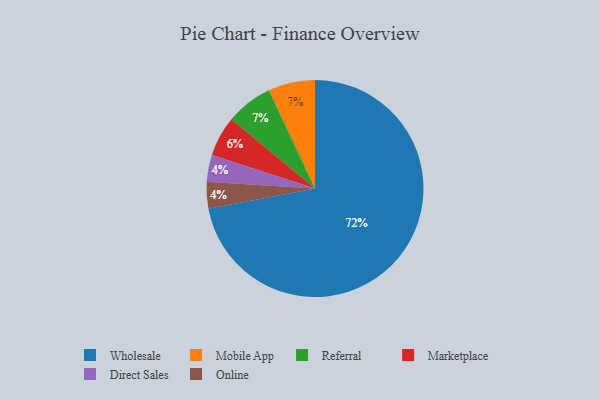
{"axis": {"x": "Category", "y": "Percentage"}, "legend": ["Direct Sales", "Marketplace", "Mobile App", "Online", "Referral", "Wholesale"], "data": [{"x": "Marketplace", "y": 6, "type": "Marketplace"}, {"x": "Direct Sales", "y": 4, "type": "Direct Sales"}, {"x": "Online", "y": 4, "type": "Online"}, {"x": "Wholesale", "y": 72, "type": "Wholesale"}, {"x": "Mobile App", "y": 7, "type": "Mobile App"}, {"x": "Referral", "y": 7, "type": "Referral"}]}